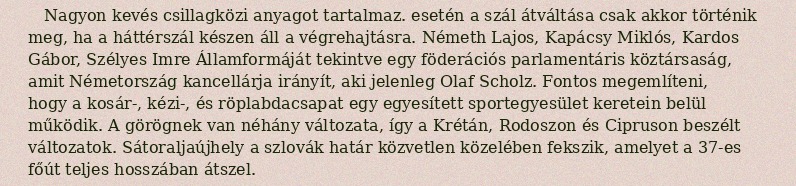
Nagyon kevés csillagközi anyagot tartalmaz. esetén a szál átváltása csak akkor történik meg, ha a háttérszál készen áll a végrehajtásra. Németh Lajos, Kapácsy Miklós, Kardos Gábor, Szélyes Imre Államformáját tekintve egy föderációs parlamentáris köztársaság, amit Németország kancellárja irányít, aki jelenleg Olaf Scholz. Fontos megemlíteni, hogy a kosár-, kézi-, és röplabdacsapat egy egyesített sportegyesület keretein belül működik. A görögnek van néhány változata, így a Krétán, Rodoszon és Cipruson beszélt változatok. Sátoraljaújhely a szlovák határ közvetlen közelében fekszik, amelyet a 37-es főút teljes hosszában átszel.